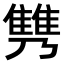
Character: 𩀟